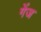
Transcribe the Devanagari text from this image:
गेंज